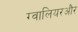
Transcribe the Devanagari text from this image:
ग्वालियरऔर